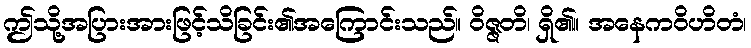
ဤသို့အပြားအားဖြင့်သိခြင်း၏အကြောင်းသည်။ ဝိဇ္ဇတိ၊ ရှိ၏။ အနေကဝိဟိတံ၊